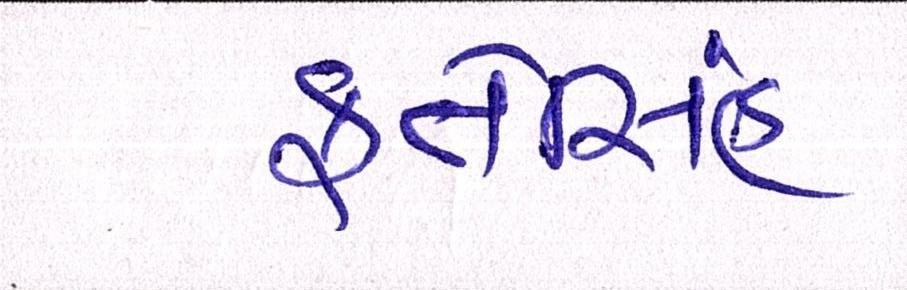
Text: ફતેસિંહ